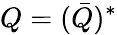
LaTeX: Q=(\bar{Q})^{*}